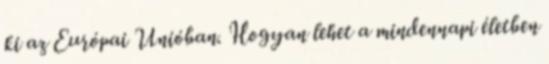
ki az Európai Unióban. Hogyan lehet a mindennapi életben